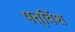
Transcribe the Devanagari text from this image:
षत्‌विंश